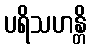
ပရိသဟန္တိ